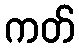
ကတ်